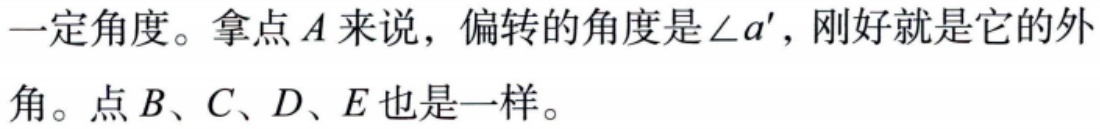
一定角度。拿点\(A\)来说，偏转的角度是\(\angle a'\)，刚好就是它的外角。点\(B、C、D、E\)也是一样。